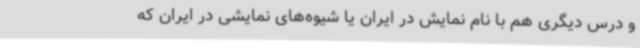
و درس دیگری هم با نام نمایش در ایران یا شیوه‌های نمایشی در ایران که